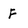
Character: F